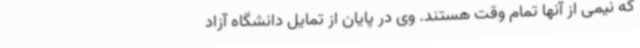
که نیمی از آنها تمام وقت هستند. وی در پایان از تمایل دانشگاه آزاد